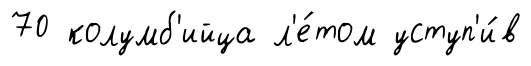
70 колумб'ийца л'е́том уступ'и́в